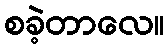
စခဲ့တာလေ။